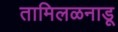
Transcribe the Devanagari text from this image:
तामिलळनाडू